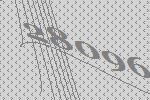
28096